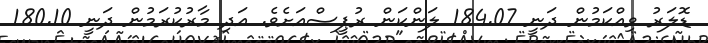
ޑޮލަރު ވިއްކަމުން ދަނީ 184.07 ލަންކަން ރުޕީސްއަށެވެ. އަދި މާރުކުރަމުން ދަނީ 180.10